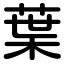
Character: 葉